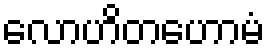
လောဟိတဟောမံ